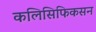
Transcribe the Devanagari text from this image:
कलिसिफिकसन